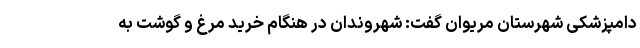
دامپزشکی شهرستان مریوان گفت: شهروندان در هنگام خرید مرغ و گوشت به